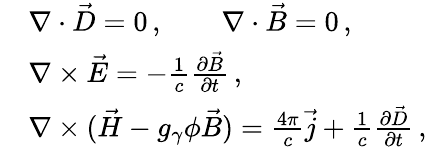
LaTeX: \begin{array}{rl}&{\nabla\cdot\vec{D}=0\, ,\qquad\nabla\cdot\vec{B}=0\, ,}\\ &{\nabla\times\vec{E}=-\frac 1c\frac{\partial\vec{B}}{\partial t}\, ,}\\ &{\nabla\times(\vec{H}-g_{\gamma}\phi\vec{B})=\frac{4\pi}{c}\vec{j}+\frac 1c\frac{\partial\vec{D}}{\partial t}\, ,}\end{array}